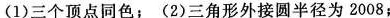
(1)三个顶点同色；(2)三角形外接圆半径为2008；